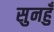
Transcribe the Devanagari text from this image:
सुनहुँ